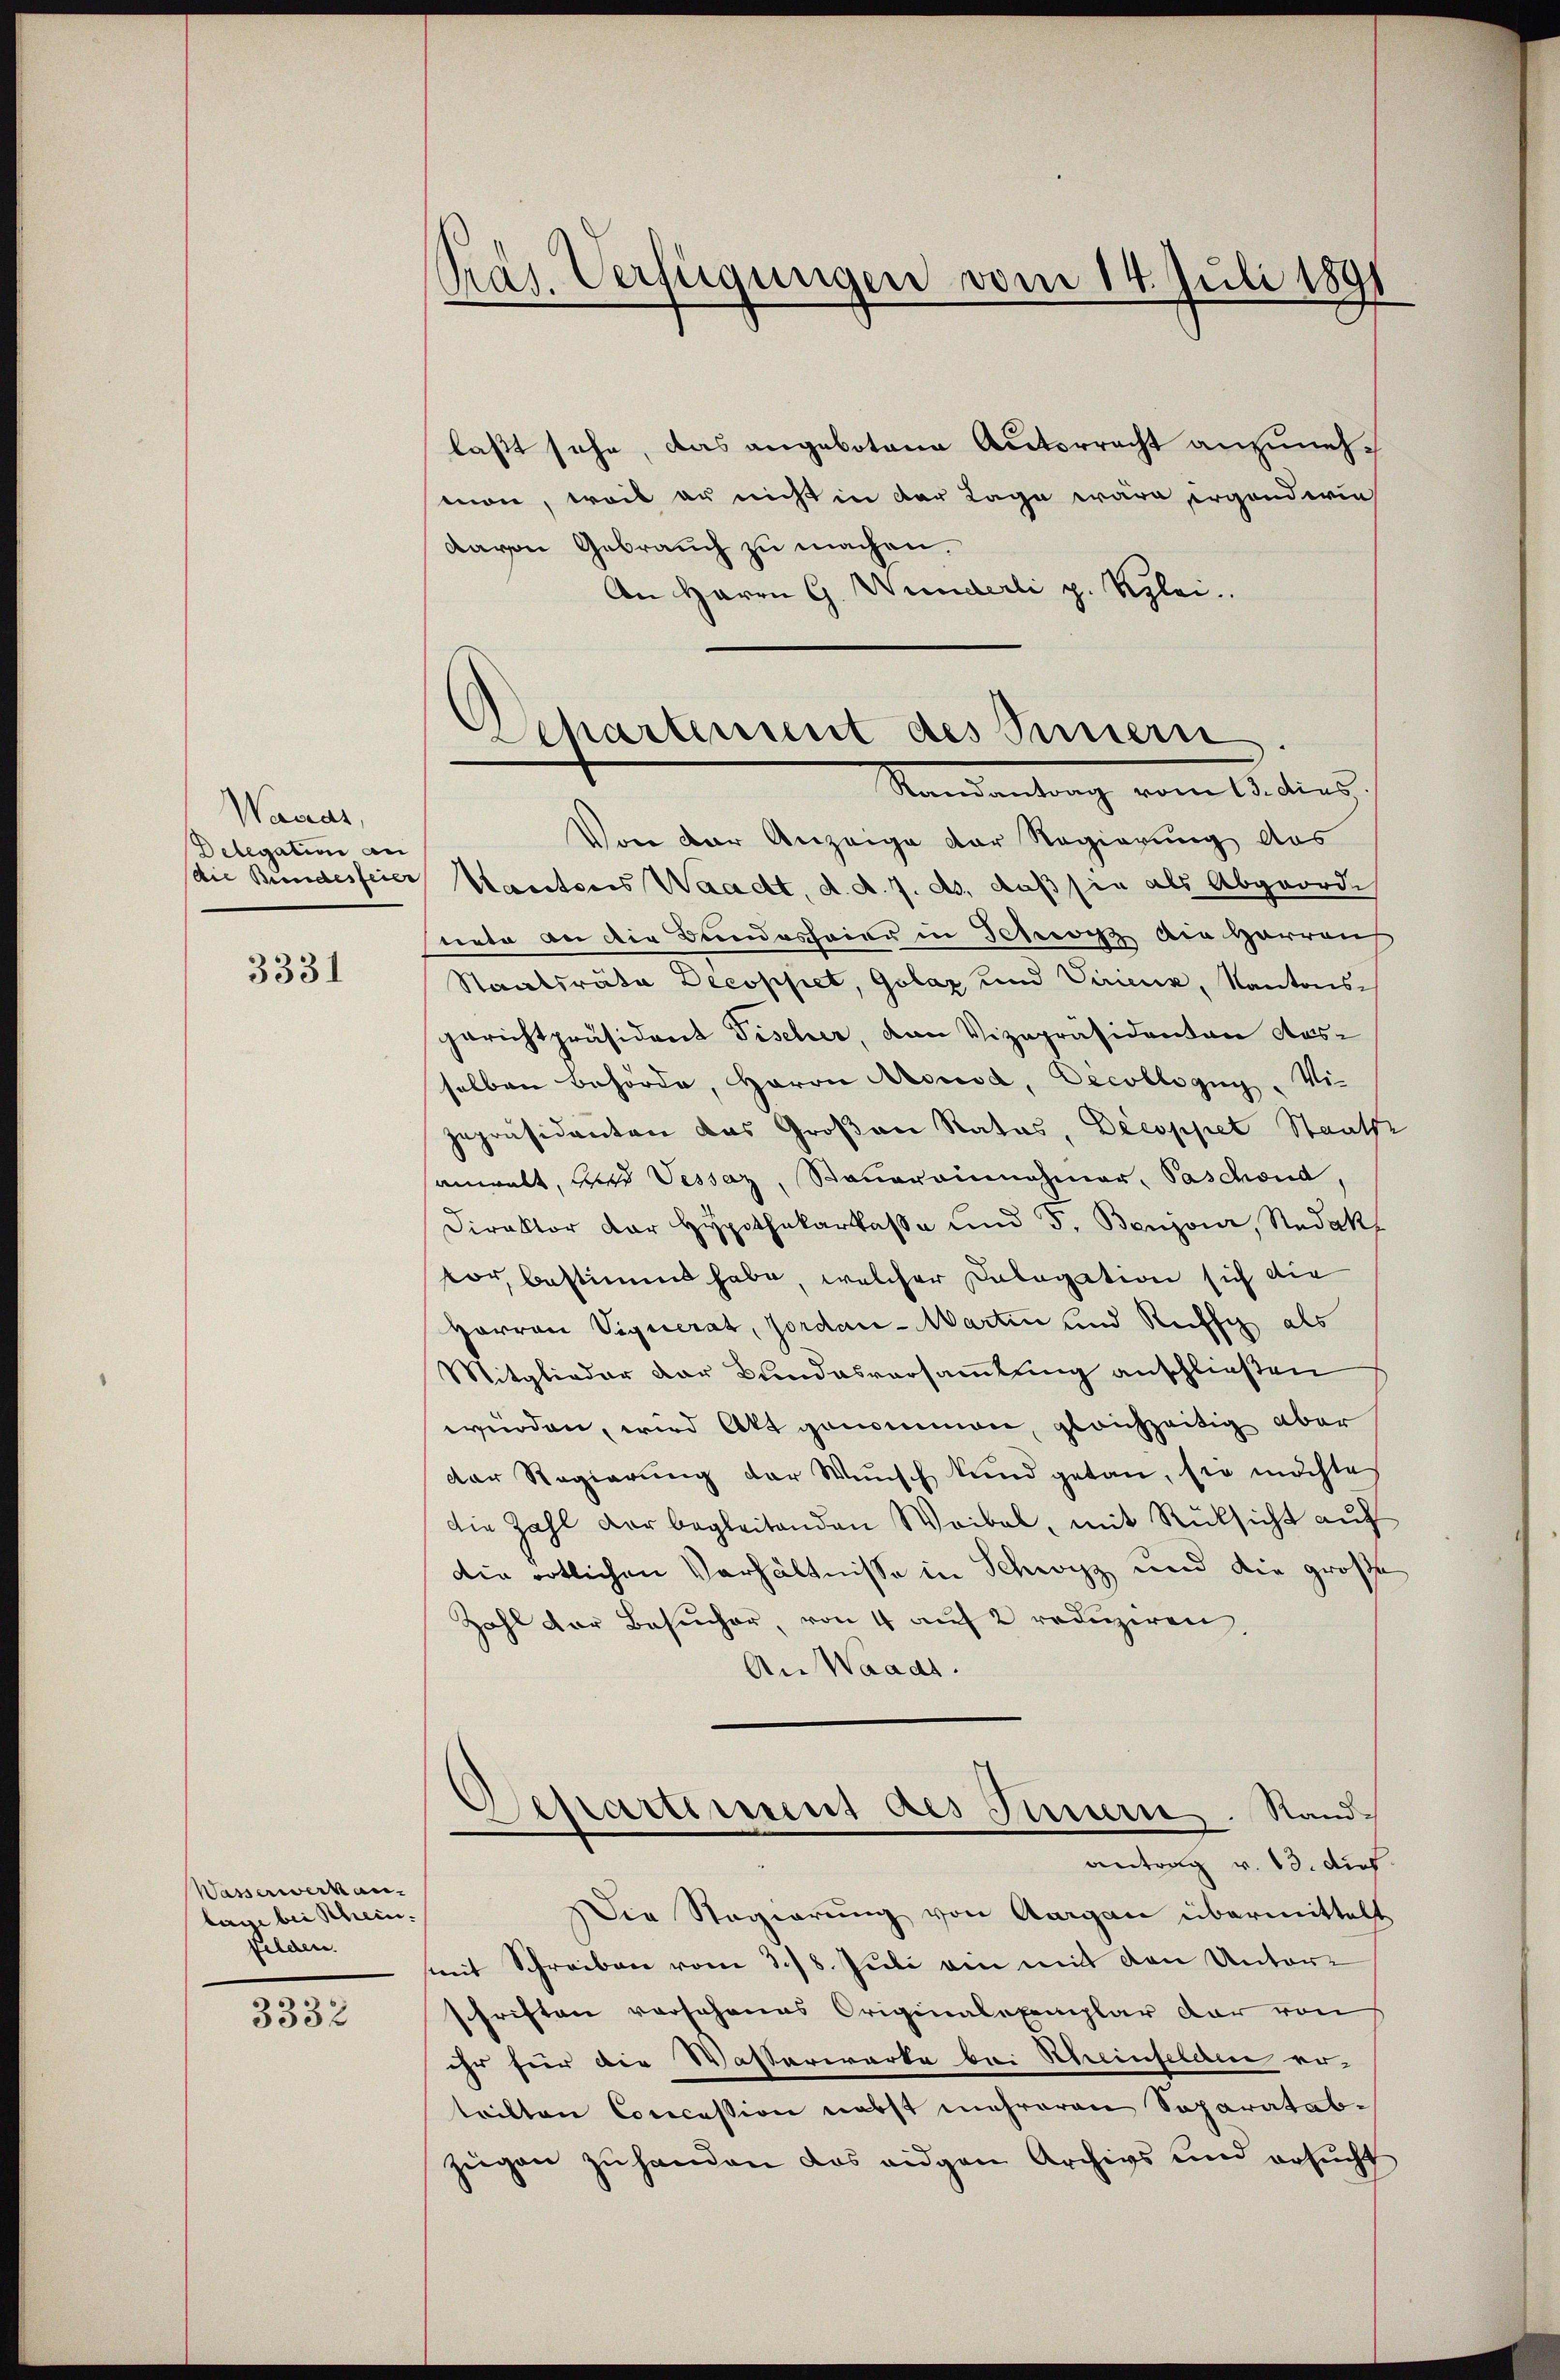
Wacas,
Delegation an
die Bundesfeier

3331

Wasserwerken.
bare bei Schein.
felden.

3332

Praj. Verfügungen vom 14. Juli 1891

laßt sehe, das angebotene Autorrecht anzunehmon, weil er nicht in der Lage wäre ergänderin
davon Gebrauch zu machen.
An Herrn G. Wunderli p. Klei

Departement des Innern
Standentrag vom 15. dies

Von der Anzeige der Regierung das
Saectoris Waacht, d. d. 7. ds, daß sie als Abgeorde
nete an der Bundesfeier in Schwitz die Harren
Staatsräte Decoppet, Golaz und Virienz, Kantonsgerichtpräsident Fischer, von Vizepräsidenten Ausselben behörde, Herrn Arousa, Oecollogug Vi-
zepräsidenten das Großen Rates, Decoppet Staats
anwalt, wird Dessaz, Sauereinnahmer, Paschond,
Direktor der Hypothekarkasse und 5. Benjour, Redak
vor, bestimmt habe, welcher Cologation sich die
Horron Vignerat, Jordan-Martin und Ruffig als
Mitglieder der Bundesversammlung anschließen
würden, wird Ott genommen, gleichzeitig aber
der Regierŭng der Wünsch und getan, sie möchtes
Die Zahl der begleitenden Weibel, mit Rüksicht auf
Die örtlichen Verhältnisse in Schwyz und die große
Zahl der Besucher, von 4 auf 2 reduziren
An Waadt.
Separtement des Feuern. Rand¬
.
antrag v. 13. dies
Die Regierung von Aargau übermittelt
mit Schreiben vom 2./8. Juli am mit den Unter-
schriften vorschenes Originalexemplar dar von
ihr für die Wasserwarte bei Scheinfelde erteilten Concession nebst mehreren Separatabzügen zŭ handen das eigen Archivs und ersŭcht